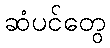
ဆံပင်တွေ